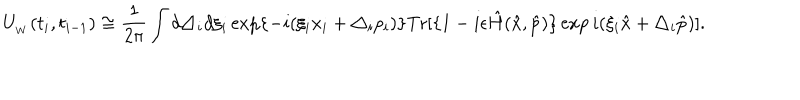
U _ { _ W } ( t _ { i } , t _ { i - 1 } ) \cong \frac { 1 } { 2 \pi } \int d \triangle _ { i } d \xi _ { i } \exp \{ - i ( \xi _ { i } x _ { i } + \triangle _ { i } p _ { i } ) \} \textrm { T r } [ \{ 1 - i \epsilon \hat { H } ( \hat { x } , \hat { p } ) \} \exp i ( \xi _ { i } \hat { x } + \triangle _ { i } \hat { p } ) ] .